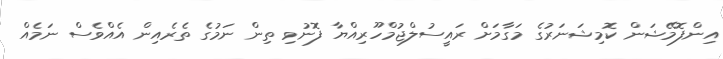
އިންފޮމޭޝަން ކޮމިޝަނަރުގެ މަގާމަށް ރައީސުލްޖުމްހޫރިއްޔާ ފޮނުވި ތިން ނަމުގެ ތެރެއިން އެއްވެސް ނަމެއް